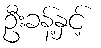
ဦးခန့်နှင့်